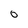
Character: 0